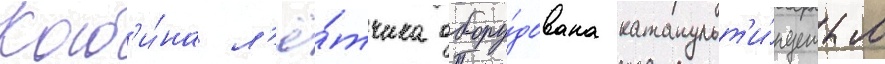
Каб'и́на л'ё́тчика обору́дована катапульт'и́руемым